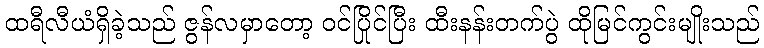
ထရီလီယံရှိခဲ့သည် ဇွန်လမှာတော့ ဝင်ပြိုင်ပြီး ထီးနန်းတက်ပွဲ ထိုမြင်ကွင်းမျိုးသည်